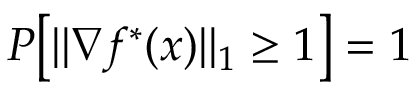
P \big [ | | \nabla f ^ { * } ( x ) | | _ { 1 } \geq 1 \big ] = 1